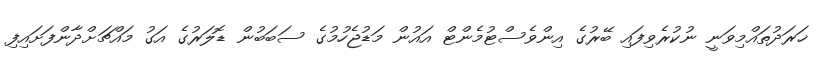
ޚަރަދުތައްމިވަނީ ނުކުރެވިފައި ބޭރުގެ އިންވެސްޓުމެންޓް އައުން މަޑުޖެހުމުގެ ސަބަބުން ޑޮލަރުގެ އަގު މައްޗަށްދާންފަށައިފި